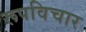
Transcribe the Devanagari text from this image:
रूपविचार